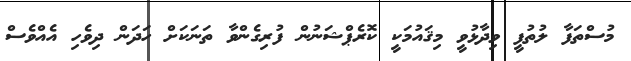
މުސްތަފާ ލުތުފީ ވިދާޅުވީ މިޤައުމަކީ ކޮރެޕްޝަނުން ފުރިގެންވާ ތަނަކަށް ހަދަން ދިވެހި އެއްވެސް